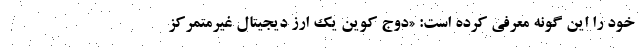
خود را این گونه معرفی کرده است: «دوج کوین یک ارز دیجیتال غیرمتمرکز